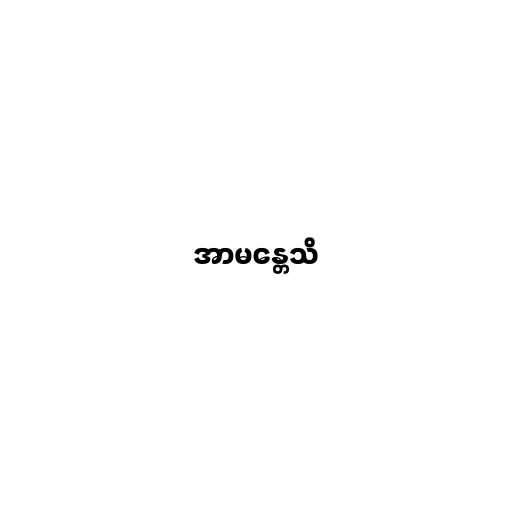
အာမန္တေသိ